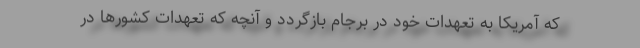
که آمریکا به تعهدات خود در برجام بازگردد و آنچه که تعهدات کشورها در